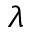
\lambda